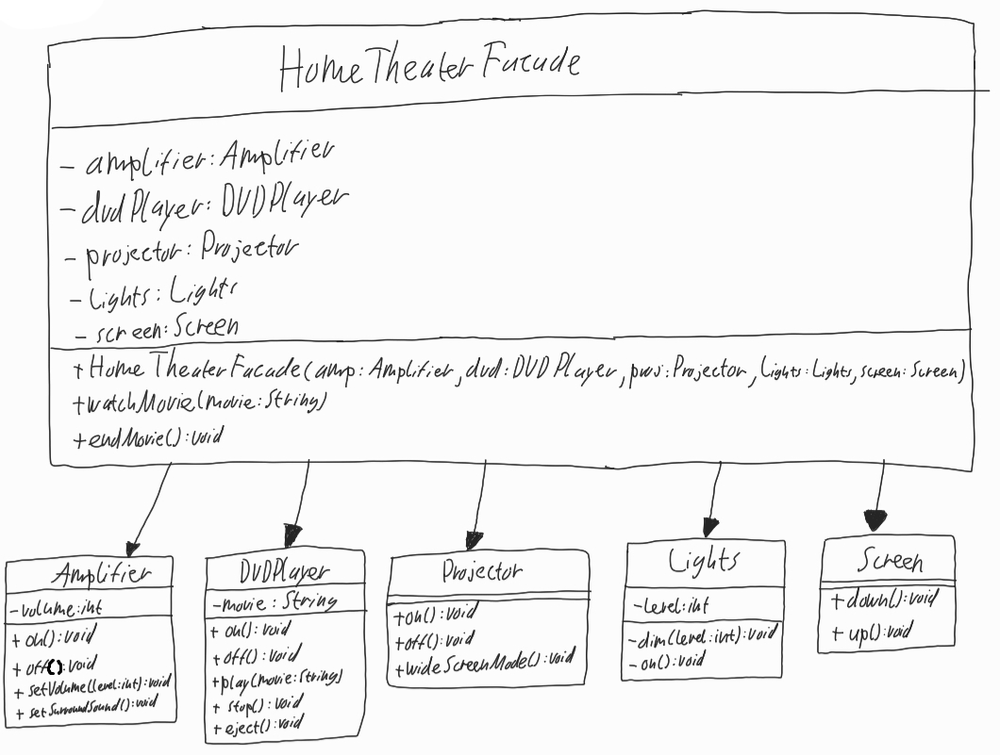
Diagram type: class_diagram
```plantuml
@startuml

class HomeTheaterFacade {
  - amplifier: Amplifier
  - dvdPlayer: DVDPlayer
  - projector: Projector
  - lights: Lights
  - screen: Screen
  + HomeTheaterFacade(amp: Amplifier, dvd: DVDPlayer, proj: Projector; lights: Lights, screen: Screen)
  + watchMovie(movie: String)
  + endMovie(): void
}

class Amplifier {
  - volume: int
  + on(): void
  + off(): void
  + setVolume(level: int): void
  + setSurroundSound(): void
}

class DVDPlayer {
  - movie: String
  + on(): void
  + off(): void
  + play(movie: String)
  + stop(): void
  + eject(): void
}

class Projector {
  + on(): void
  + off(): void
  + wideScreenMode(): void
}

class Lights {
  - level: int
  - dim(level: int): void
  - on(): void
}

class Screen {
  + down(): void
  + up(): void
}

HomeTheaterFacade --> Amplifier

HomeTheaterFacade --> DVDPlayer

HomeTheaterFacade --> Projector

HomeTheaterFacade --> Lights

HomeTheaterFacade --> Screen

@enduml
```